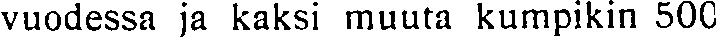
vuodessa ja kaksi muuta kumpikin 500